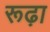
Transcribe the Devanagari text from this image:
रूढ़ा